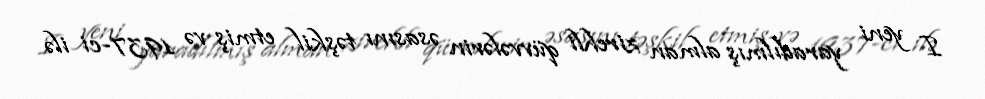
I yeni yaradılmış alman zirehli qüvvələrin əsasını təşkil etmiş və 1937-ci ilə